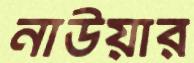
নাউয়ার